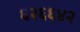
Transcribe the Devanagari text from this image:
६२६६४२